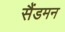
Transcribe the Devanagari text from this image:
सैंडमन